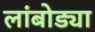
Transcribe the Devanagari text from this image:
लांबोड्या